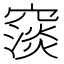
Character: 䆱